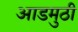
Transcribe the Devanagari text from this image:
आडमुठी